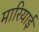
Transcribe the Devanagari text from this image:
मारियाई